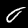
Digit: 0